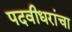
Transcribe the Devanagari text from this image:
पदवीधरांचा